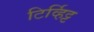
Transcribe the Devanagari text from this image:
टिर्व्हिट्ट